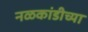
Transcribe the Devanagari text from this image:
नळकांडीच्या